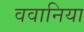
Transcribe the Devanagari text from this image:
ववानिया